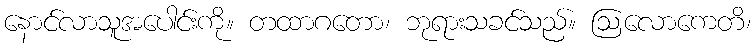
နောင်လာသူအပေါင်းကို။ တထာဂတော၊ ဘုရားသခင်သည်။ ဩလောကေတိ၊